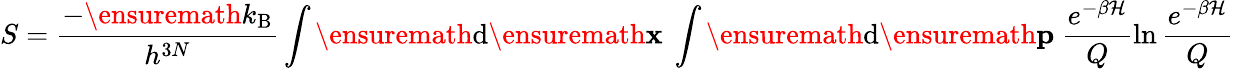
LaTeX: S=\frac{-\ensuremath{k_{\mathrm{B}}}}{h^{3N}}\int\ensuremath{\mathrm{d}}\ensuremath{\mathbf{x}}\ \int\ensuremath{\mathrm{d}}\ensuremath{\mathbf{p}}\ \frac{e^{-\beta\mathcal{H}}}{Q}\ln\frac{e^{-\beta\mathcal{H}}}{Q}